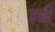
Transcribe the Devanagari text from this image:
इत्नी